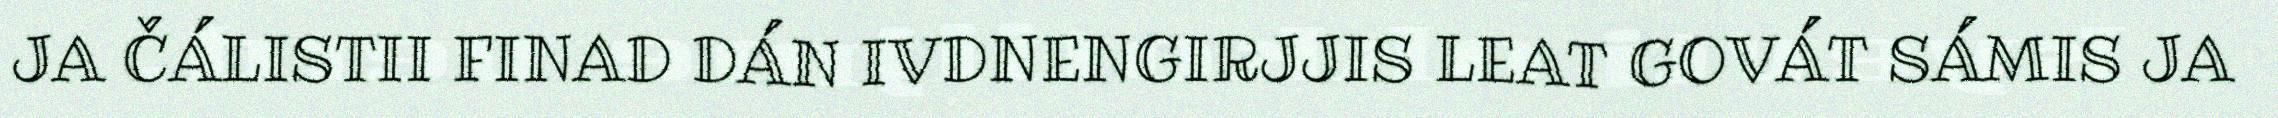
JA ČÁLISTII FINAD DÁN IVDNENGIRJJIS LEAT GOVÁT SÁMIS JA